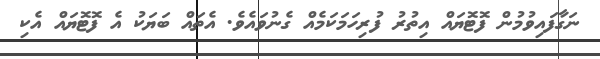
ނަގާފައިވުމުން ފޮޓޮޔައް އިތުރު ފުރިހަމަކަމެއް ގެނުވައެވެ. އެތައް ބަޔަކު އެ ފޮޓޮޔައް އެކި